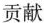
贡献